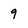
Character: 9